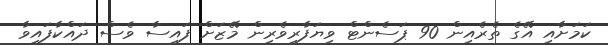
ކަމަށާއި އޭގެ ތެރެއިން 90 ޕަސެންޓް ވިޔަފާރިވެރިން މޭޒަށް ފައިސާ ވެސް ދައްކާފައިވާ